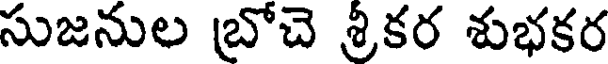
సుజనుల బ్రోచె శ్రీకర శుభకర